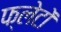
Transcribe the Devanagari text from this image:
फ्लेटों